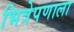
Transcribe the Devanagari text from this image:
भित्रेपणाला